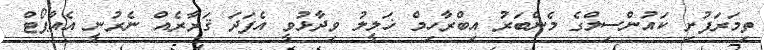
ތިމަރަފުށި ކައުންސިލްގެ މެންބަރު އިބްރާހިމް ޚަލީލު ވިދާޅުވީ އެފަދަ ޤަރާރެއް ނެރުނީ އެއާޕޯޓް